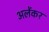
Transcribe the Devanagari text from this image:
अलेंकर